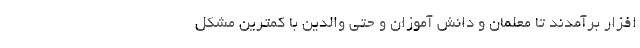
افزار برآمدند تا معلمان و دانش آموزان و حتی والدین با کمترین مشکل